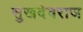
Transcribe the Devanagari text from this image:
सुखदेवराज